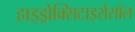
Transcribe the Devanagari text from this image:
हाइड्रोक्सिटाइरोसॉल